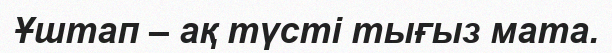
Ұштап – ақ түсті тығыз мата.